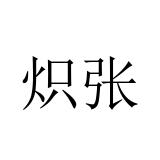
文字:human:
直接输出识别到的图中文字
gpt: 炽张